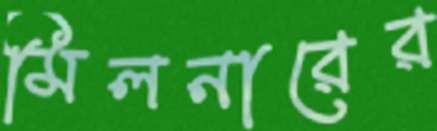
মিলনারের